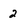
Character: 2